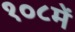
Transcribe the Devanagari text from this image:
१०८में